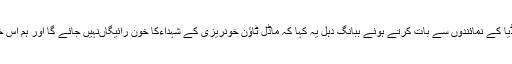
انہوں نے لاہور ہوائی اڈے پر میڈیا کے نمائندوں سے بات کرتے ہوئے ببانگ دہل یہ کہا کہ ماڈل ٹاؤن خونریزی کے شہداءکا خون رائیگاںنہیں جائے گا اور ہم اس خون کا قصاص لے کر رہیں گے۔